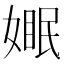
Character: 𪦓